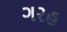
ગરહ